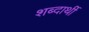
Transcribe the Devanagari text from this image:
शब्दार्थी